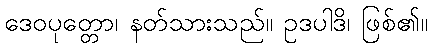
ဒေဝပုတ္တော၊ နတ်သားသည်။ ဥဒပါဒိ၊ ဖြစ်၏။